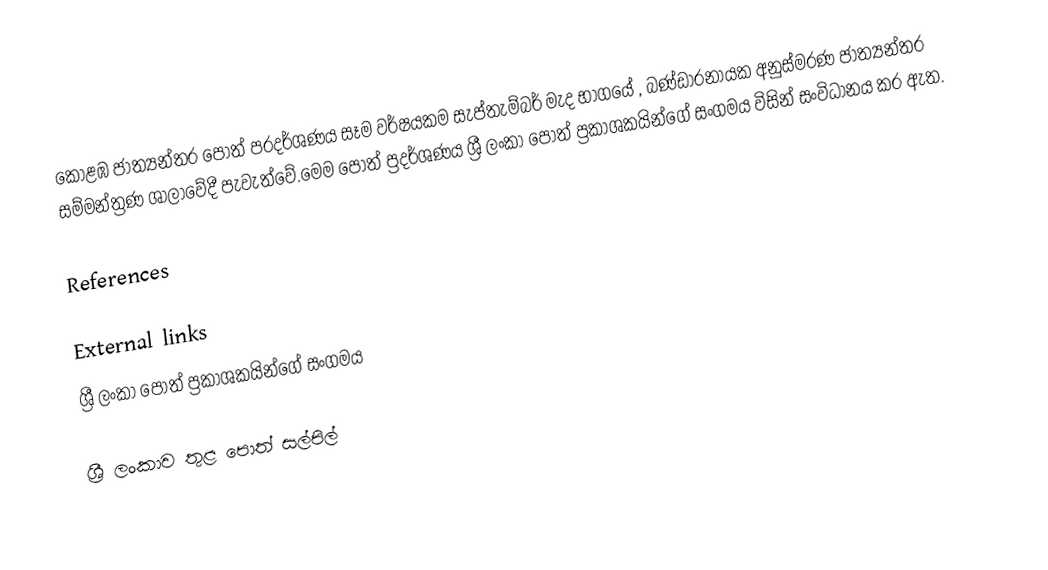
කොළඹ ජාත්‍යන්තර පොත් ප‍්‍රදර්ශණය සෑම වර්ෂයකම  සැප්තැම්බර් මැද භාගයේ , බණ්‌ඩාරනායක අනුස්‌මරණ ජාත්‍යන්තර සම්මන්ත්‍රණ ශාලාවේදී පැවැත්වේ.මෙම පොත් ප්‍රදර්ශණය ශ්‍රී ලංකා පොත් ප්‍රකාශකයින්ගේ සංගමය විසින් සංවිධානය කර ඇත.

References

External links
ශ්‍රී ලංකා පොත් ප්‍රකාශකයින්ගේ සංගමය

ශ්‍රී ලංකාව තුළ පොත් සල්පිල්